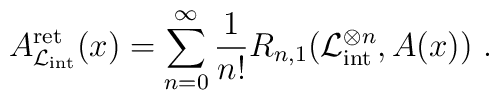
A^\mathrm{ret}_{\mathcal{L}_{\mathrm{int}}}(x)=  \sum_{n=0}^{\infty} \frac{1}{n!}  R_{n,1}(\mathcal{L}_{\mathrm{int}}^{\otimes n},A(x))\ .